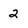
Character: 2